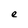
Character: e